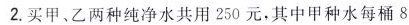
2.买甲、乙两种纯净水共用250元，其中甲种水每桶8